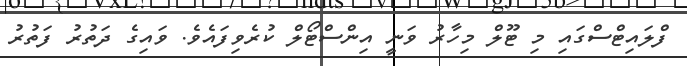
ފްލައިޓްސްގައި މި ޓޫލް މިހާރު ވަނީ އިންސްޓޯލް ކުރެވިފައެވެ. ވައިގެ ދަތުރު ފަތުރު